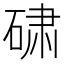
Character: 𬒕